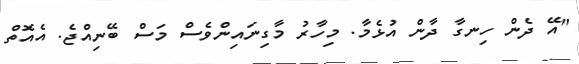
"އޭ ދެން ހިނގާ ދާން އުޅެމާ. މިހާރު މާގިނައިންވެސް މަސް ބޭނިއްޖެ. އެއޮތް